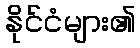
နိုင်ငံများ၏